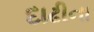
દાઢીના